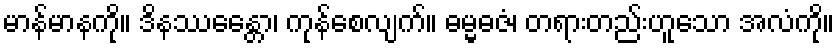
မာန်မာနကို။ ဒိနဿေန္တော၊ ကုန်စေလျက်။ ဓမ္မဓဇံ၊ တရားတည်းဟူသော အလံကို။